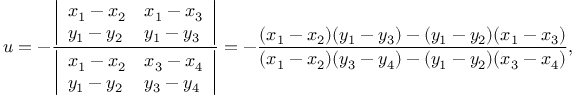
u = - { \frac { \left| \begin{array} { l l } { x _ { 1 } - x _ { 2 } } & { x _ { 1 } - x _ { 3 } } \\ { y _ { 1 } - y _ { 2 } } & { y _ { 1 } - y _ { 3 } } \end{array} \right| } { \left| \begin{array} { l l } { x _ { 1 } - x _ { 2 } } & { x _ { 3 } - x _ { 4 } } \\ { y _ { 1 } - y _ { 2 } } & { y _ { 3 } - y _ { 4 } } \end{array} \right| } } = - { \frac { ( x _ { 1 } - x _ { 2 } ) ( y _ { 1 } - y _ { 3 } ) - ( y _ { 1 } - y _ { 2 } ) ( x _ { 1 } - x _ { 3 } ) } { ( x _ { 1 } - x _ { 2 } ) ( y _ { 3 } - y _ { 4 } ) - ( y _ { 1 } - y _ { 2 } ) ( x _ { 3 } - x _ { 4 } ) } } ,